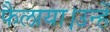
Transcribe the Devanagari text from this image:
फैलाया।उन्हें